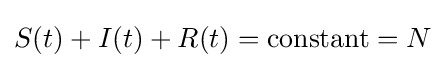
S(t)+I(t)+R(t)={\text{constant}}=N